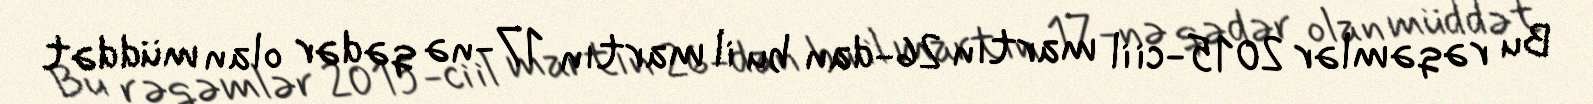
Bu rəqəmlər 2015-ci il martın 26-dan bu il martın 17-nə qədər olan müddət